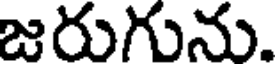
జరుగును.